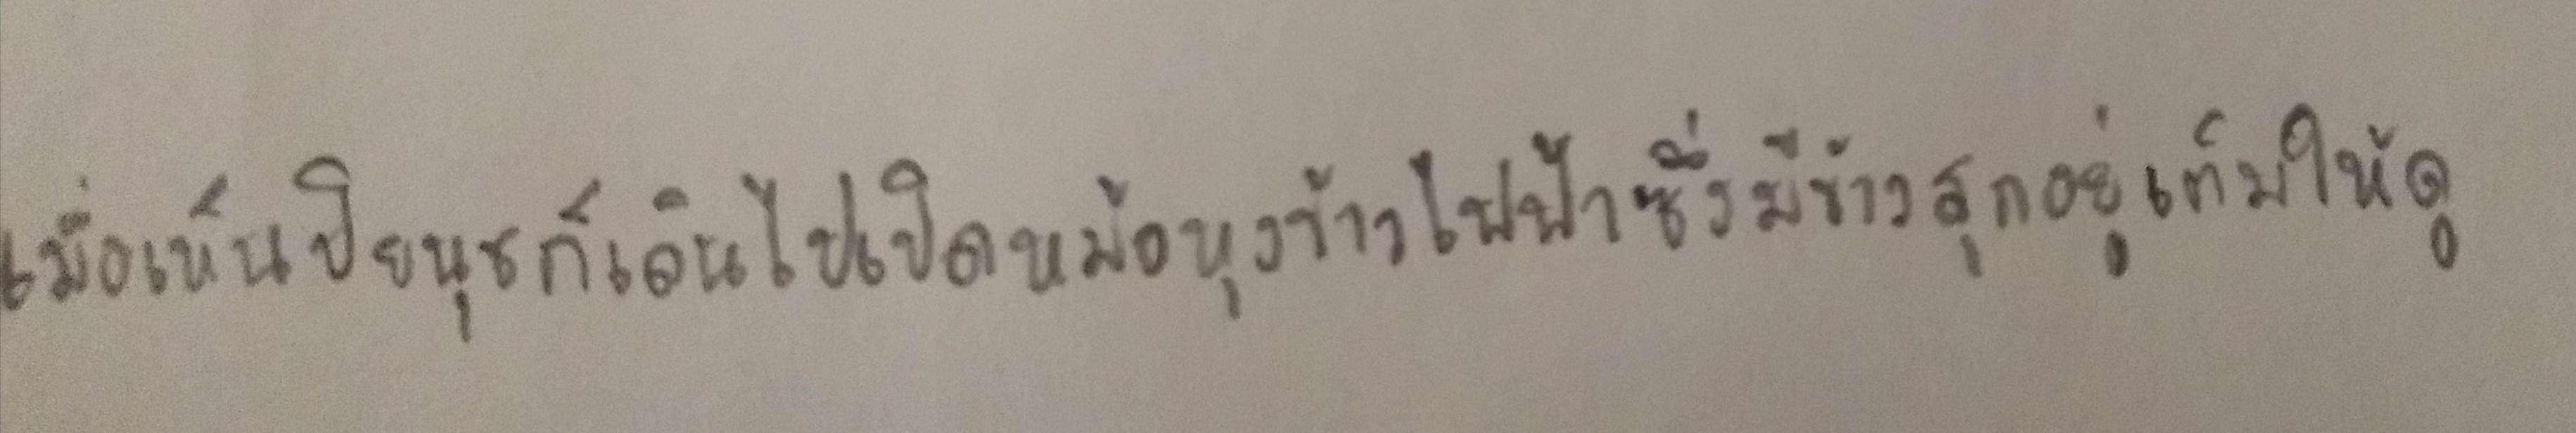
เมื่อเห็นปิยนุชก็เดินไปเปิดหม้อหุงข้าวไฟฟ้าซึ่งมีข้าวสุกอยู่เต็มให้ดู